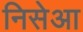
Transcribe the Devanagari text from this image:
निसेआ